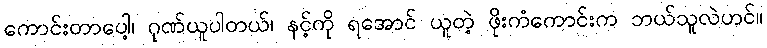
ကောင်းတာပေါ့၊ ဂုဏ်ယူပါတယ်၊ နင့်ကို ရအောင် ယူတဲ့ ဖိုးကံကောင်းက ဘယ်သူလဲဟင်။